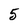
Character: 5